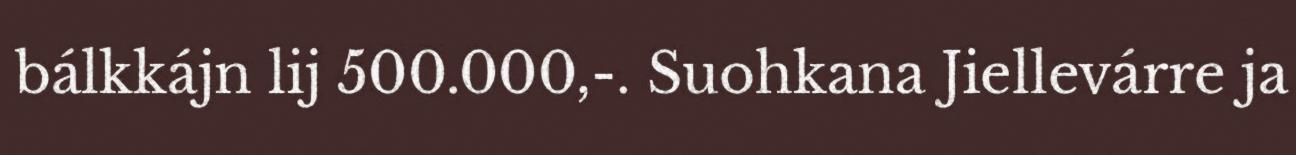
bálkkájn lij 500.000,-. Suohkana Jiellevárre ja